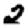
Digit: 2